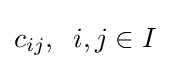
c_{ij},\;\;i,j\in I